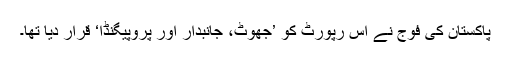
پاکستان کی فوج نے اس رپورٹ کو ’جھوٹ، جانبدار اور پروپیگنڈا‘ قرار دیا تھا۔